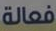
فعالة